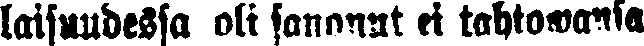
laisuudessa oli sanonut ei tahtowansa